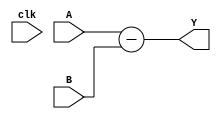
module Subtractor(
	input		[11:0] 	A,			//target
	input		[11:0] 	B,			//feedback
	input				 	clk,
	output	[12:0] 	Y
);
assign Y=A-B;

endmodule